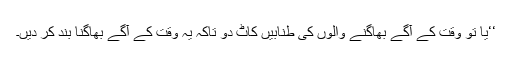
‘‘یا تو وقت کے آگے بھاگنے والوں کی طنابیں کاٹ دو تاکہ یہ وقت کے آگے بھاگنا بند کر دیں۔